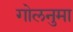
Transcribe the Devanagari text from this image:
गोलनुमा